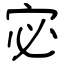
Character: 宓